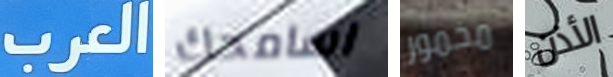
العرب اسامحك مخمور الأذن